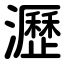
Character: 瀝